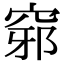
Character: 𥦢